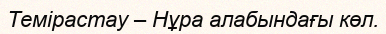
Темірастау – Нұра алабындағы көл.